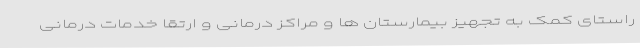
راستای کمک به تجهیز بیمارستان ها و مراکز درمانی و ارتقا خدمات درمانی